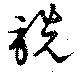
詵